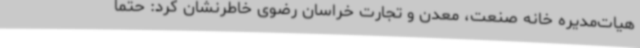
هیات‌مدیره خانه صنعت، معدن و تجارت خراسان رضوی خاطرنشان کرد: حتما